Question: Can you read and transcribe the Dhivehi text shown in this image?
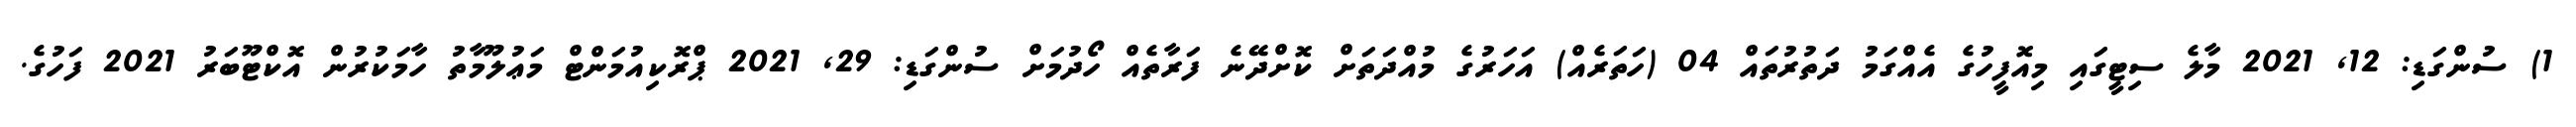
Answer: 1) ސުންގަޑި: 12, 2021 މާލެ ސިޓީގައި މިއޮފީހުގެ އެއްގަމު ދަތުރުތައް 04 (ހަތަރެއް) އަހަރުގެ މުއްދަތަށް ކޮށްދޭނެ ފަރާތެއް ހޯދުމަށް ސުންގަޑި: 29, 2021 ޕްރޮކިއުމަންޓް މަޢުލޫމާތު ހާމަކުރުން އޮކްޓޫބަރު 2021 ފަހުގެ.